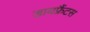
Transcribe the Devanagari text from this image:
डायफ्रैंटस